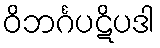
ဝိဘင်္ဂပဋိပဒါ